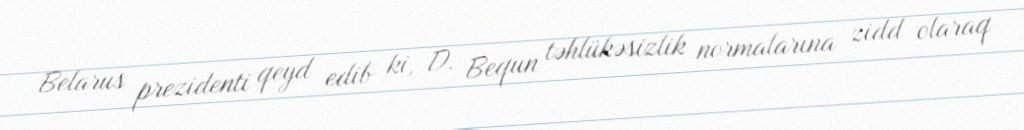
Belarus prezidenti qeyd edib ki, D. Bequn təhlükəsizlik normalarına zidd olaraq